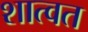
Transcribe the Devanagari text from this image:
शात्वत